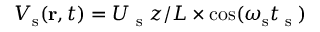
V _ { \mathrm { s } } ( { \bf r } , t ) = U _ { \textrm { s } } z / L \times \mathrm { c o s } ( \omega _ { \mathrm { s } } t _ { \textrm { s } } )